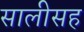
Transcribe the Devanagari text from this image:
सालीसह